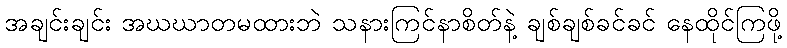
အချင်းချင်း အဃဃာတမထားဘဲ သနားကြင်နာစိတ်နဲ့ ချစ်ချစ်ခင်ခင် နေထိုင်ကြဖို့